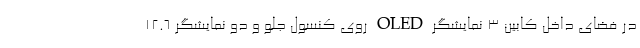
در فضای داخل کابین 3 نمایشگر OLED روی کنسول جلو و دو نمایشگر 12.6